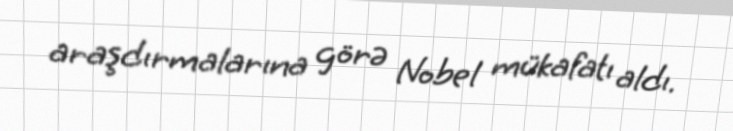
araşdırmalarına görə Nobel mükafatı aldı.